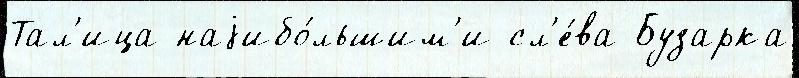
Тал'ица наjибо́льшим'и сл'е́ва Бузарка